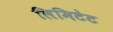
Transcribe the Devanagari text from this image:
लिमिटेट